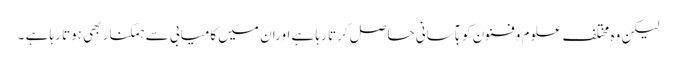
لیکن وہ مختلف علوم وفنون کو بآسانی حاصل کرتا رہا ہے اوران میں کامیابی سے ہمکنار بھی ہوتا رہا ہے ۔